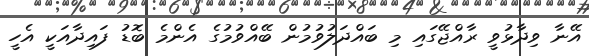
އޭނާ ވިދާޅުވީ ރާއްޖޭގައި މި ބައްދަލުވުމުން ބޭއްވުމުގެ އެންމެ ބޮޑު ފައިދާއަކީ އެހީ